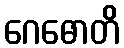
ဂေဓောတိ